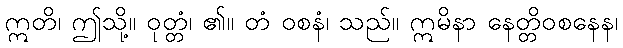
ဣတိ၊ ဤသို့။ ဝုတ္တံ၊ ၏။ တံ ဝစနံ၊ သည်။ ဣမိနာ နေတ္တိဝစနေန၊